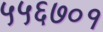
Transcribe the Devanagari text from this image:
५५६७०१